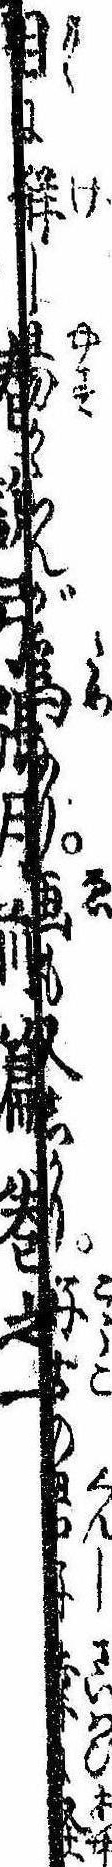
目に解し易からんが為なり画も又しかり好古の君子幸に怪